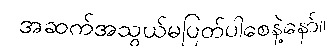
အဆက်အသွယ်မပြတ်ပါစေနဲ့နော်။